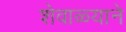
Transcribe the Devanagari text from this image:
शेवाळ्याने